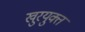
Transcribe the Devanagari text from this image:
खुरयुक्त